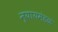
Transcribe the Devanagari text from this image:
न्यायमंडळ